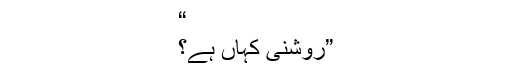
“
”روشنی کہاں ہے؟